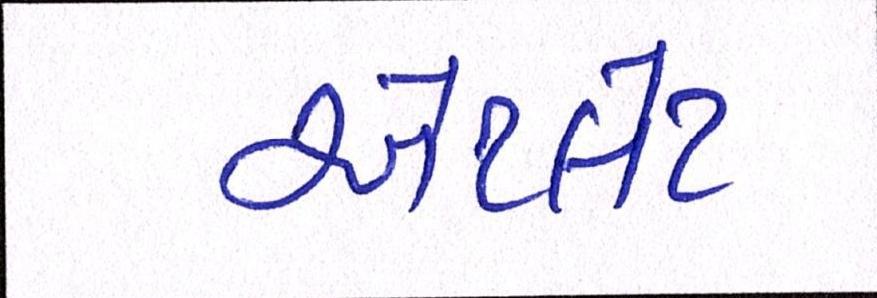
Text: એથ્લેટ